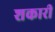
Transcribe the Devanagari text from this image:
शकारी